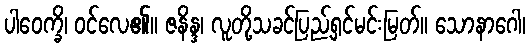
ပါဝေက္ခိ၊ ဝင်လေ၏။ ဇနိန္ဒ၊ လူတို့သခင်ပြည့်ရှင်မင်းမြတ်။ သောနာဂေါ၊